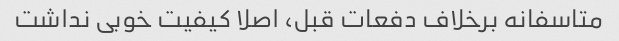
متاسفانه برخلاف دفعات قبل، اصلا کیفیت خوبی نداشت